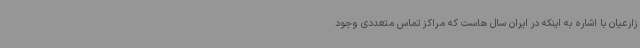
زارعیان با اشاره به اینکه در ایران سال هاست که مراکز تماس متعددی وجود